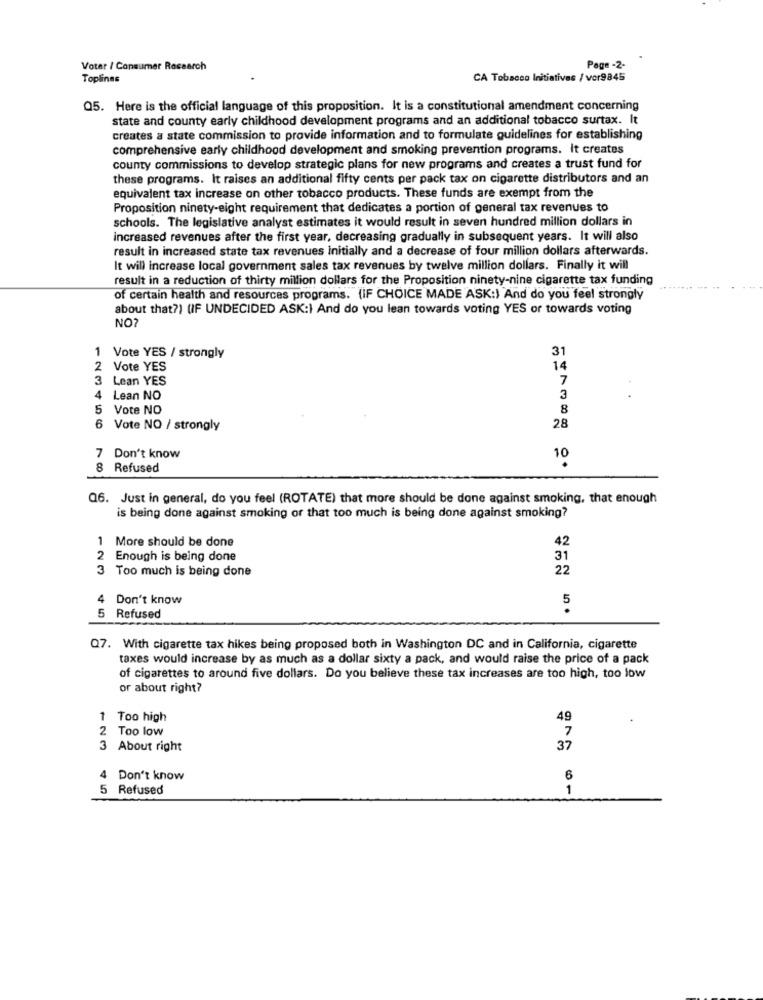
Votar / Consumer Research
Page -2-
Toplines
CA Tobacco Initiatives / vor9845
Q5. Here is the official language of this proposition. It is a constitutional amendment concerning
state and county early childhood development programs and an additional tobacco surtax. It
creates a state commission to provide information and to formulate guidelines for establishing
comprehensive early childhood development and smoking prevention programs. It creates
county commissions to develop strategic plans for new programs and creates a trust fund for
these programs. It raises an additional fifty cents per pack tax on cigarette distributors and an
equivalent tax increase on other tobacco products. These funds are exempt from the
Proposition ninety-eight requirement that dedicates a portion of general tax revenues to
schools. The legislative analyst estimates it would result in seven hundred million dollars in
increased revenues after the first year, decreasing gradually in subsequent years. It will also
result in increased state tax revenues initially and a decrease of four million dollars afterwards.
It will increase local government sales tax revenues by twelve million dollars. Finally it will
result in a reduction of thirty million dollars for the Proposition ninety-nine cigarette tax funding
of certain health and resources programs. (IF CHOICE MADE ASK:) And do you feel strongly
about that?) (IF UNDECIDED ASK:) And do you lean towards voting YES or towards voting
NO
1
31
Vote YES / strongly
2
Vote YES
14
3 Lean YES
7
4
Lean NO
3
5
Vote NO
8
Vote NO / strongly
28
7 Don't know
10
8 Refused
Q6. Just in general, do you feel (ROTATE) that more should be done against smoking, that enough
is being done against smoking or that too much is being done against smoking?
More should be done
42
2 Enough is being done
31
3 Too much is being done
22
4 Don't know
5 Refused
Q7. With cigarette tax hikes being proposed both in Washington DC and in California, cigarette
taxes would increase by as much as a dollar sixty a pack, and would raise the price of a pack
of cigarettes to around five dollars. Do you believe these tax increases are too high, too low
or about right?
1 Too high
49
2 Too low
7
About right
37
4 Don't know
6
5 Refused
1